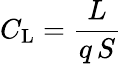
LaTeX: C_{\mathrm{L}}={\frac{L}{q\, S}}